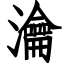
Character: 瀹